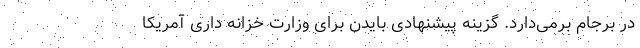
در برجام برمی‌دارد. گزینه پیشنهادی بایدن برای وزارت خزانه داری آمریکا